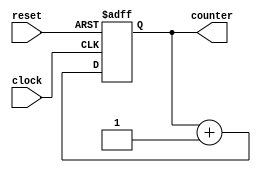
module up_counter(input clock, reset, output[3:0] counter);
    reg [3:0] counter_up;                           // Initialise register counter_up to find up counter states
    always @(posedge clock or posedge reset)          // Postive edge triggered circuit
    begin
        if(reset)
            begin
                counter_up = 4'd0;                  // If reset==1, set counter to 0000
            end
        else
            begin
                counter_up = counter_up + 4'd1;     // Else, add 0001 to counter
            end       
    end 
    assign counter = counter_up;                    // Return new value of counter
endmodule

module down_counter(input clock, reset, output [3:0] counter);
    reg [3:0] counter_down;                         // Initialise register counter_down to find down counter states
    always @(posedge clock or posedge reset)          // Postive edge triggered circuit
    begin
        if(reset)
            begin
                counter_down = 4'hf;                // If reset==1, set counter to 1111
            end
        else
            begin
                counter_down = counter_down - 4'd1; // Else, subtract 0001 from counter
            end                                     
    end 
    assign counter = counter_down; 
	// Return new value of counter
endmodule